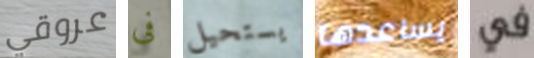
عروقي فى يستحيل يساعدها في